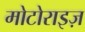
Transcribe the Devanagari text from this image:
मोटोराइज़